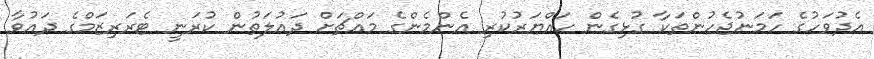
އެދުވަހުގެ ހަމަނުޖެހުންތަކާ ގުޅިގެން ހައްޔަރުކުރި އެންމެންގެ މައްޗަށް ދައުލަތުން ކުރަނީ ޓެރަރިޒަމްގެ ދައުވާ